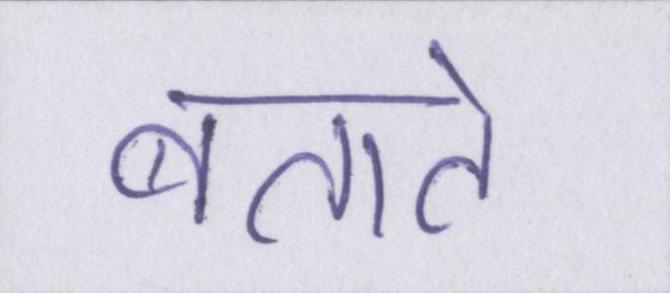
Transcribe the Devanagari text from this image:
बताते